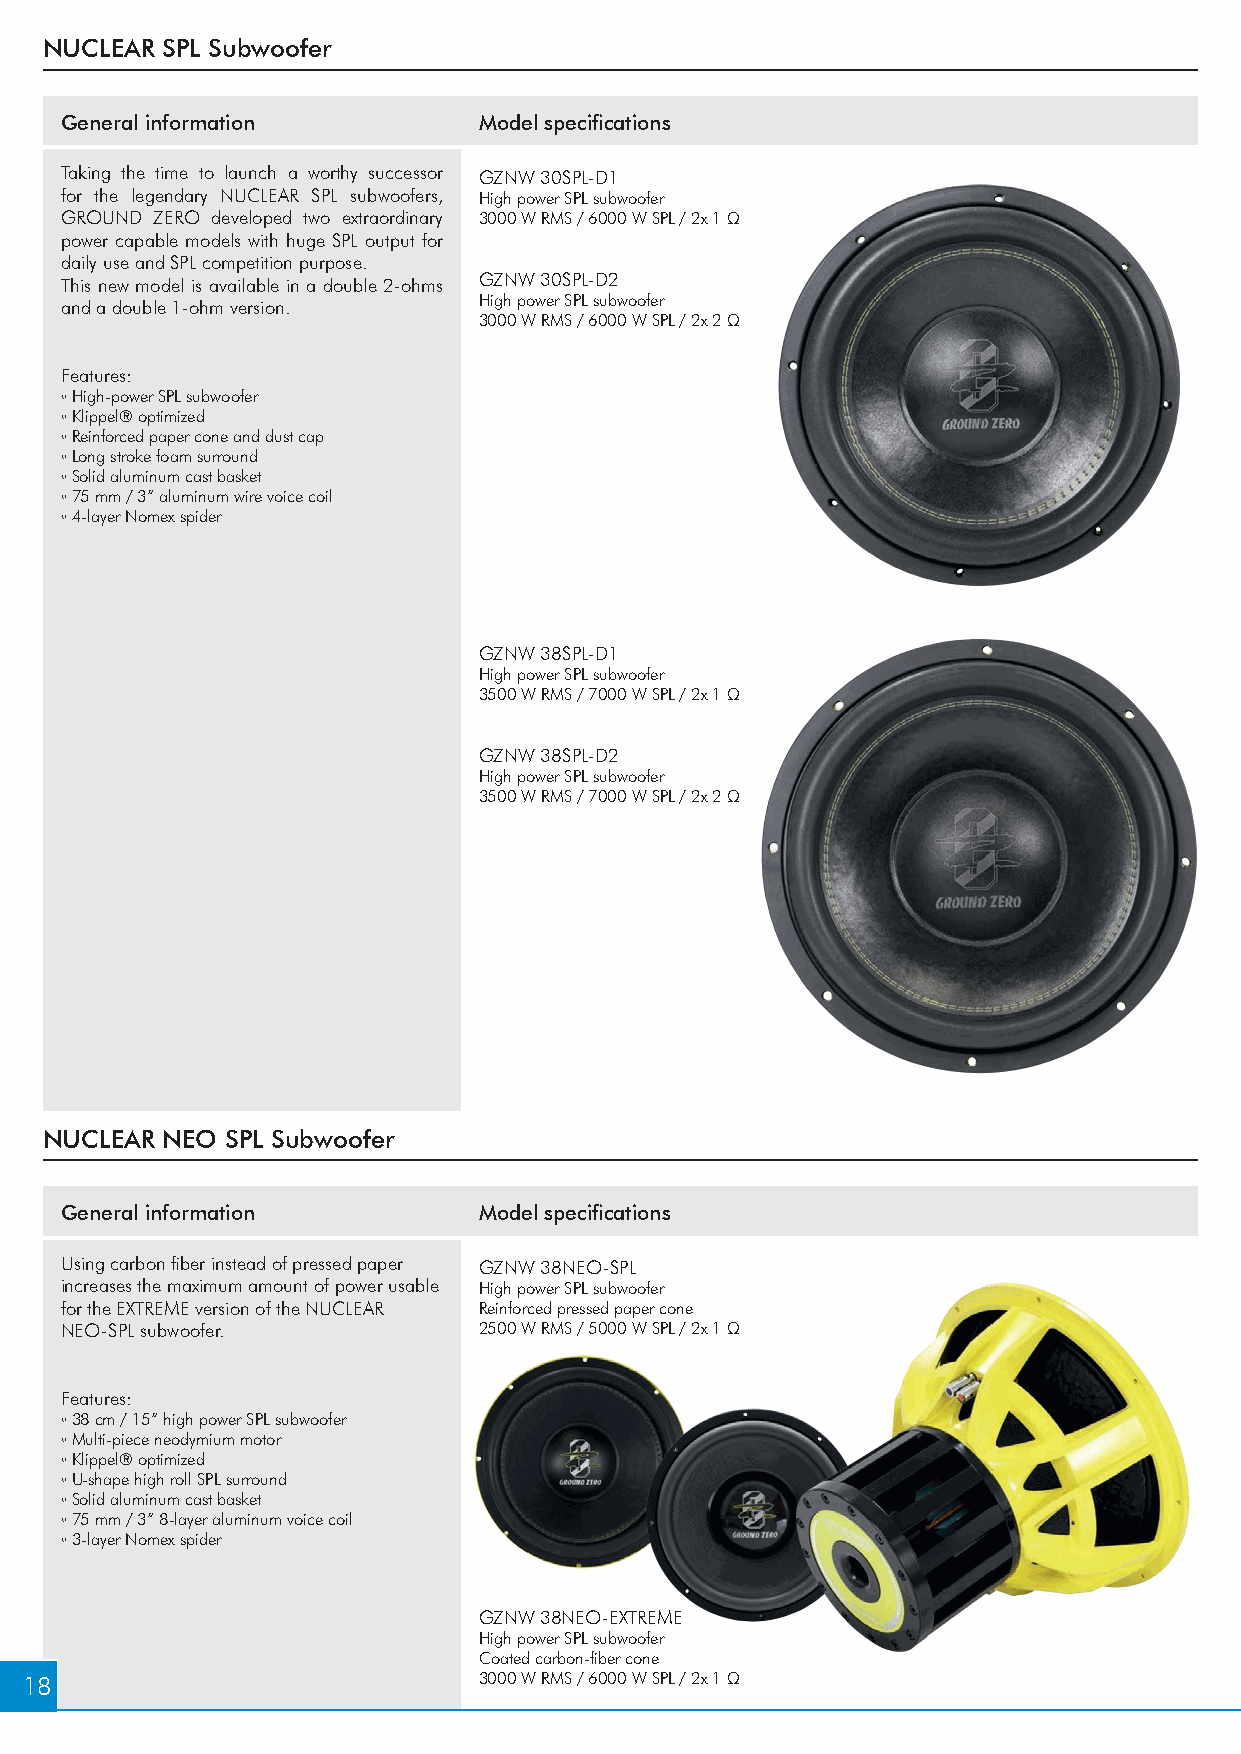
NUCLEAR SPL Subwoofer
 General information         Model specifications
 Taking the time to launch a worthy successor GZNW 30SPL-D1
 for the legendary NUCLEAR SPL subwoofers, High power SPL subwoofer
 GROUND ZERO developed two extraordinary 3000 W RMS / 6000 W SPL / 2x 1 Ω
 power capable models with huge SPL output for
 daily use and SPL competition purpose.
 This new model is available in a double 2-ohms GZNW 30SPL-D2
 and a double 1-ohm version. High power SPL subwoofer
 3000 W RMS / 6000 W SPL / 2x 2 Ω
 Features:
 ◦ High-power SPL subwoofer
 ◦ Klippel® optimized
 ◦ Reinforced paper cone and dust cap
 ◦ Long stroke foam surround
 ◦ Solid aluminum cast basket
 ◦ 75 mm / 3“ aluminum wire voice coil
 ◦ 4-layer Nomex spider
 GZNW 38SPL-D1
 High power SPL subwoofer
 3500 W RMS / 7000 W SPL / 2x 1 Ω
 GZNW 38SPL-D2
 High power SPL subwoofer
 3500 W RMS / 7000 W SPL / 2x 2 Ω
 NUCLEAR NEO SPL Subwoofer
 General information         Model specifications
 Using carbon fiber instead of pressed paper GZNW 38NEO-SPL
 increases the maximum amount of power usable High power SPL subwoofer
 for the EXTREME version of the NUCLEAR Reinforced pressed paper cone
 NEO-SPL subwoofer.          2500 W RMS / 5000 W SPL / 2x 1 Ω
 Features:
 ◦ 38 cm / 15“ high power SPL subwoofer
 ◦ Multi-piece neodymium motor
 ◦ Klippel® optimized
 ◦ U-shape high roll SPL surround
 ◦ Solid aluminum cast basket
 ◦ 75 mm / 3“ 8-layer aluminum voice coil
 ◦ 3-layer Nomex spider
 GZNW 38NEO-EXTREME
 High power SPL subwoofer
 Coated carbon-fiber cone
 18                             3000 W RMS / 6000 W SPL / 2x 1 Ω